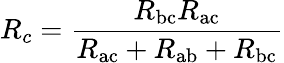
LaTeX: R_{c}={\frac{R_{\mathrm{bc}}R_{\mathrm{ac}}}{R_{\mathrm{ac}}+R_{\mathrm{ab}}+R_{\mathrm{bc}}}}